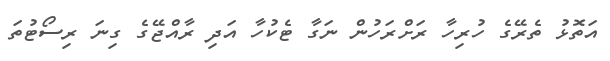
އަތޮޅު ތެރޭގެ ހުރިހާ ރަށްރަހުން ނަގާ ޓެކުހާ އަދި ރާއްޖޭގެ ގިނަ ރިސޯޓުތަ